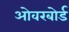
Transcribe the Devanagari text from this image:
ओवरबोर्ड